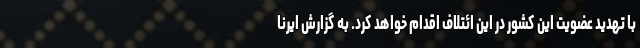
با تهدید عضویت این کشور در این ائتلاف اقدام خواهد کرد. به گزارش ایرنا